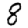
Digit: 8